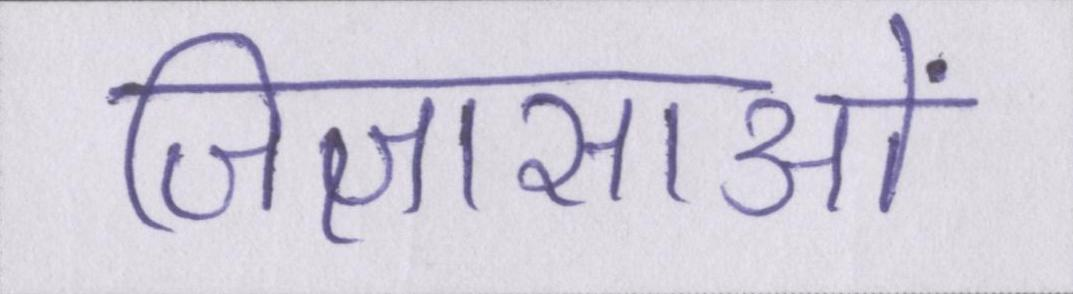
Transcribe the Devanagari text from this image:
जिज्ञासाओं